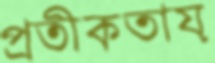
প্রতীকতায়